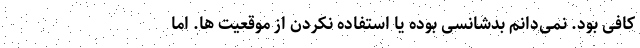
کافی بود. نمی‌دانم بدشانسی بوده یا استفاده نکردن از موقعیت ها. اما